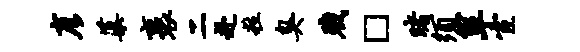
彦蕖裹二赴粒臭戮□睹须箪宦